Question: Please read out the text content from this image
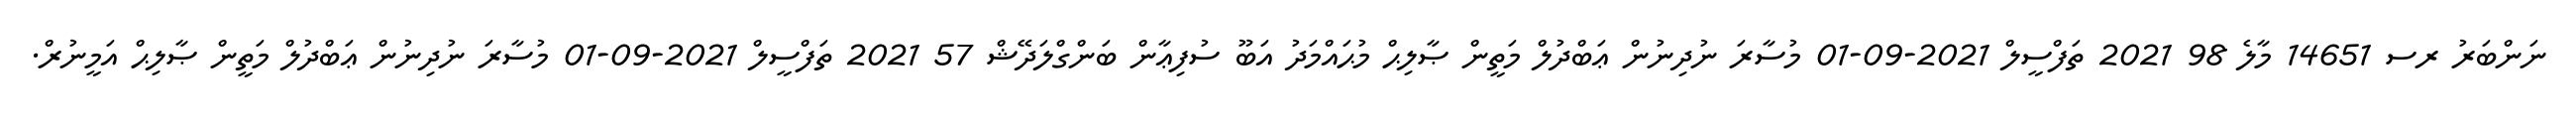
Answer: ނަންބަރު ރސ 14651 މާލެ 98 2021 ތަފްސީލް 2021-09-01 މުސާރަ ނުދިނުން ޢަބްދުލް މަތީން ޞާލިޙް މުޙައްމަދު އަބޫ ސުފިޢާން ބަންގްލަދޭޝް 57 2021 ތަފްސީލް 2021-09-01 މުސާރަ ނުދިނުން ޢަބްދުލް މަތީން ޞާލިޙް އަމީނުރް.